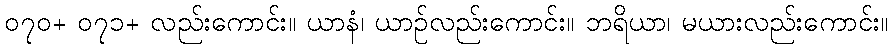
၀၇၀+ ၀၇၁+ လည်းကောင်း။ ယာနံ၊ ယာဉ်လည်းကောင်း။ ဘရိယာ၊ မယားလည်းကောင်း။